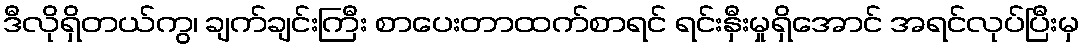
ဒီလိုရှိတယ်ကွ၊ ချက်ချင်းကြီး စာပေးတာထက်စာရင် ရင်းနှီးမှုရှိအောင် အရင်လုပ်ပြီးမှ